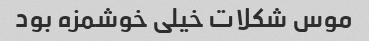
موس شکلات خیلی خوشمزه بود